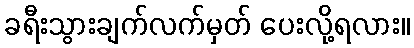
ခရီးသွားချက်လက်မှတ် ပေးလို့ရလား။